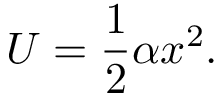
U = \frac { 1 } { 2 } \alpha x ^ { 2 } .